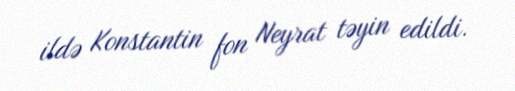
ildə Konstantin fon Neyrat təyin edildi.